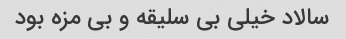
سالاد خیلی بی سلیقه و بی مزه بود